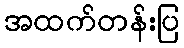
အထက်တန်းပြ